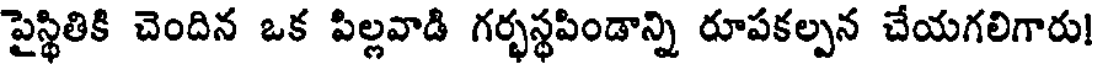
పైస్థితికి చెందిన ఒక పిల్లవాడి గర్భస్థపిండాన్ని రూపకల్పన చేయగలిగారు